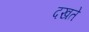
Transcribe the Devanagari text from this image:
दखते